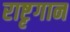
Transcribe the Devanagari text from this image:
राष्टृगान